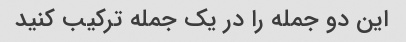
این دو جمله را در یک جمله ترکیب کنید